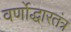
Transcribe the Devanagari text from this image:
वर्णोद्धारतंत्र